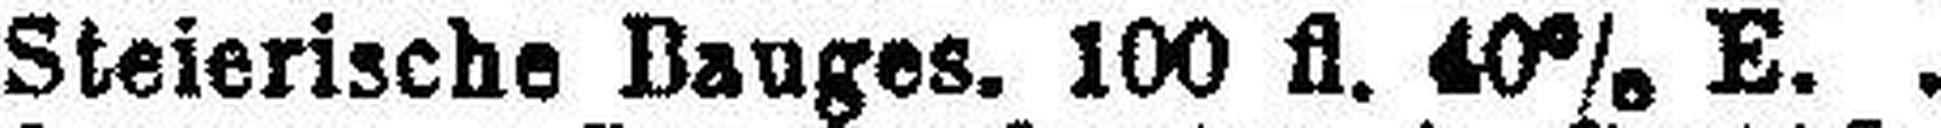
Steierische Bauges. 100 fl. 40% E.